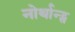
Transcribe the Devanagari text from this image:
नोर्थान्ट्स